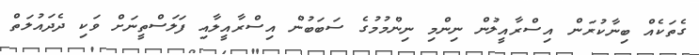
ގެތަކެއް ބިނާކުރަން އިސްރާއީލުން ނިންމި ނިންމުމުގެ ސަބަބުން އިސްރާއީލާއި ފަލަސްތީނަށް ވަކި ދެދައުލަތް